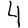
Digit: 4